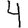
Digit: 4